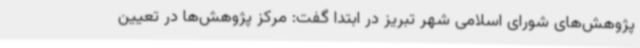
پژوهش‌های شورای اسلامی شهر تبریز در ابتدا گفت: مرکز پژوهش‌ها در تعیین